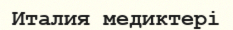
Италия медиктері